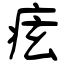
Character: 痃